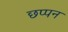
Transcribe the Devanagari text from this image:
छप्‍पन